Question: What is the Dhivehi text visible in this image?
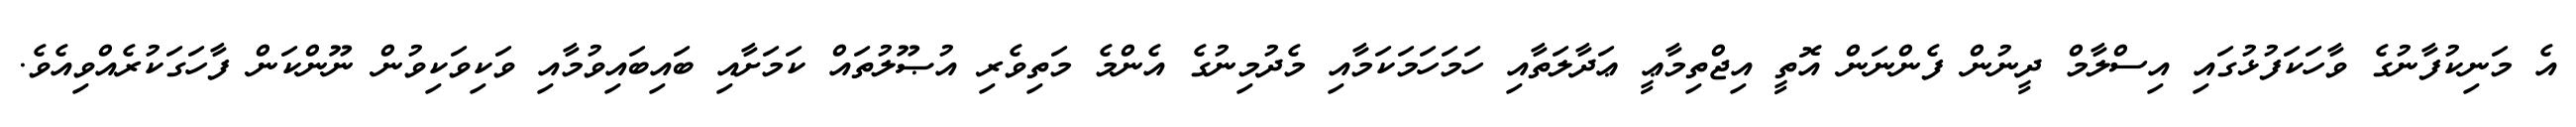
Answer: އެ މަނިކުފާނުގެ ވާހަކަފުޅުގައި އިސްލާމް ދީނުން ފެންނަން އޮތީ އިޖްތިމާޢީ ޢަދާލަތާއި ހަމަހަމަކަމާއި މެދުމިނުގެ އެންމެ މަތިވެރި އުޞޫލުތައް ކަމަށާއި ބައިބައިވުމާއި ވަކިވަކިވުން ނޫންކަން ފާހަގަކުރެއްވިއެވެ.